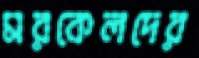
মরকেলদের